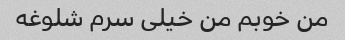
من خوبم من خیلی سرم شلوغه